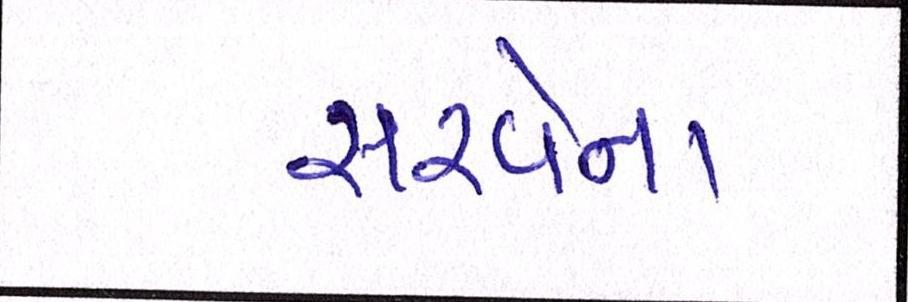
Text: સરવેના